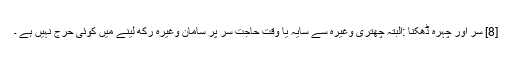
[8] سر اور چہرہ ڈھکنا :البتہ چھتری وغیرہ سے سایہ یا وقت حاجت سر پر سامان وغیرہ رکھ لینے میں کوئی حرج نہیں ہے ۔